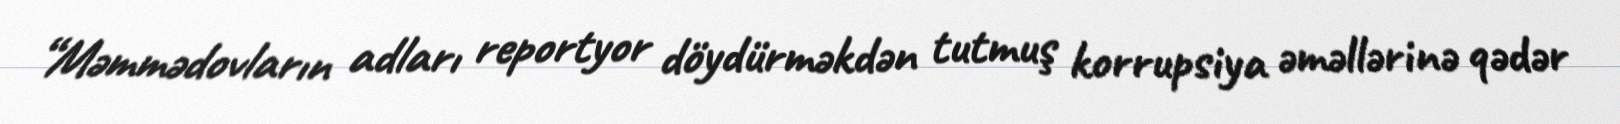
“Məmmədovların adları reportyor döydürməkdən tutmuş korrupsiya əməllərinə qədər